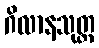
ဂိလာနသုတ္တ